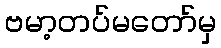
ဗမာ့တပ်မတော်မှ